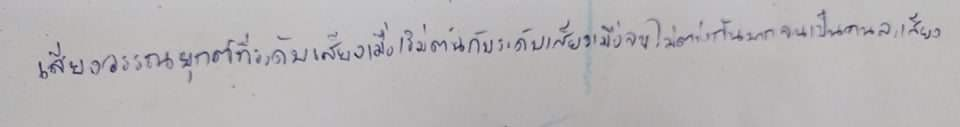
เสียงวรรณยุกต์ที่ระดับเสียงเมื่อเริ่มต้นกับระดับเสียงเมื่อจบไม่ต่างกันมากจนเป็นคนละเสียง